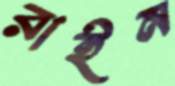
রাইন